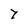
Character: 7